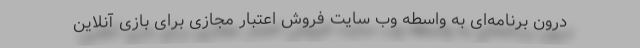
درون برنامه‌ای به واسطه وب سایت فروش اعتبار مجازی برای بازی آنلاین